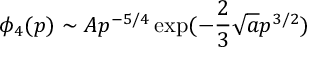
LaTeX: \phi _ { 4 } ( p ) \sim A p ^ { - 5 / 4 } \exp ( - \frac 2 3 \sqrt a p ^ { 3 / 2 } )